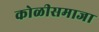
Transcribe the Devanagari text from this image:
कोळीसमाजा